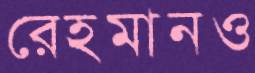
রেহমানও